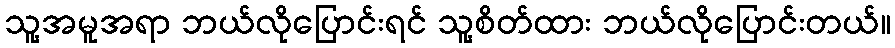
သူ့အမူအရာ ဘယ်လိုပြောင်းရင် သူ့စိတ်ထား ဘယ်လိုပြောင်းတယ်။